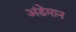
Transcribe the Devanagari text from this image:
अंडेमान